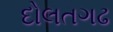
દોલતગઢ